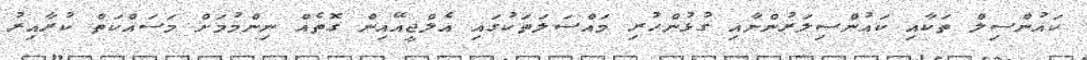
ކައުންސިލް ތަކާއި ކައުންސިލަރުންނާއި ގުޅުންހުރި މައްސަލަތަކުގައި އެލްޖީއޭއިން ގޮތެއް ނިންމުމަށް މަސައްކަތް ކުރާއިރު